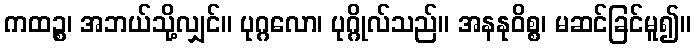
ကထဉ္စ၊ အဘယ်သို့လျှင်။ ပုဂ္ဂလော၊ ပုဂ္ဂိုလ်သည်။ အနနုဝိစ္စ၊ မဆင်ခြင်မူ၍။